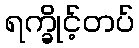
ရက္ခိုင့်တပ်